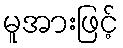
မူအားဖြင့်